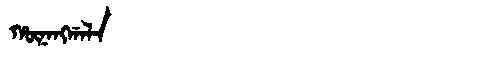
Manchu: ᡥᡡᠨᠠᠩᡤᠠᠯᠠ
Romanization: HŪNANGGALA